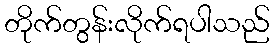
တိုက်တွန်းလိုက်ရပါသည်